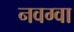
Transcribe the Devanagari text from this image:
नवग्वा